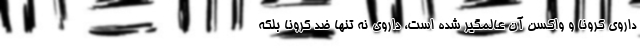
داروی کرونا و واکسن آن عالمگیر شده است، داروی نه تنها ضد کرونا بلکه